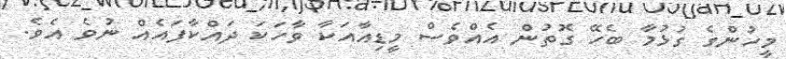
މީހުންގެ ގުޅުމާ ބެހޭ ގޮތުން އެއްވެސް މީޑިއާއަކާ ވާހަކަ ދައްކާފައެއް ނުވެ އެވެ.